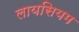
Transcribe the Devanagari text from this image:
लायसियम